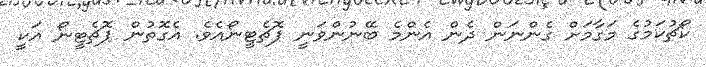
ކޯޗުކަމުގެ މަގާމަށް ގެންނަން ދެން އެންމެ ބޭނުންވަނީ ޕޮޗެޓީނޯއެވެ. އެގޮތުން ޕޮޗެޓީނޯ އަކީ